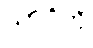
သာဂိကို